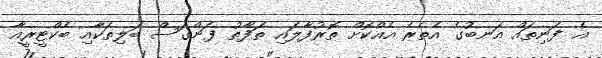
އެ ފަނިތައް އަނބުގެ އެތެރެ އެއްކޮށް ތޮރުފާލައި ތަފާތު ފަންގަސް ބަލިތަކާއި ބެކްޓީރީއާ